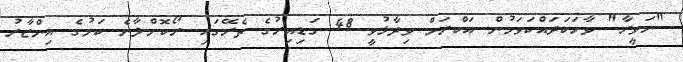
"ހަވީރާ" ވާހަކަދައްކަވަމުން އަކްރަމް ވިދާޅުވީ 48 ގަޑިއިރުގެ ތެރޭގައި ރޯކޮށްލާނެ ކަމުގެ އިންޒާރު